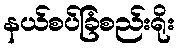
နယ်စပ်ခြံစည်းရိုး